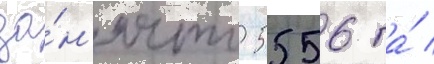
за́н'ято 5556 га́ /